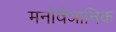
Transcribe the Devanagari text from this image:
मनोवैञानिक